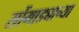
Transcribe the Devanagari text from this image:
सोंगाड्याच्या